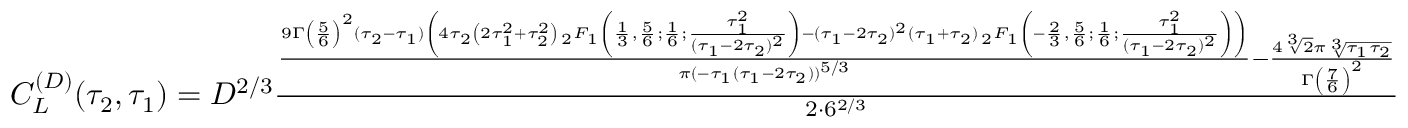
\begin{array} { r } { C _ { L } ^ { ( D ) } ( \tau _ { 2 } , \tau _ { 1 } ) = D ^ { 2 / 3 } \frac { \frac { 9 \Gamma \left( \frac { 5 } { 6 } \right) ^ { 2 } ( \tau _ { 2 } - \tau _ { 1 } ) \left( 4 \tau _ { 2 } \left( 2 \tau _ { 1 } ^ { 2 } + \tau _ { 2 } ^ { 2 } \right) \, _ { 2 } F _ { 1 } \left( \frac { 1 } { 3 } , \frac { 5 } { 6 } ; \frac { 1 } { 6 } ; \frac { \tau _ { 1 } ^ { 2 } } { ( \tau _ { 1 } - 2 \tau _ { 2 } ) ^ { 2 } } \right) - ( \tau _ { 1 } - 2 \tau _ { 2 } ) ^ { 2 } ( \tau _ { 1 } + \tau _ { 2 } ) \, _ { 2 } F _ { 1 } \left( - \frac { 2 } { 3 } , \frac { 5 } { 6 } ; \frac { 1 } { 6 } ; \frac { \tau _ { 1 } ^ { 2 } } { ( \tau _ { 1 } - 2 \tau _ { 2 } ) ^ { 2 } } \right) \right) } { \pi ( - \tau _ { 1 } ( \tau _ { 1 } - 2 \tau _ { 2 } ) ) ^ { 5 / 3 } } - \frac { 4 \sqrt [ 3 ] { 2 } \pi \sqrt [ 3 ] { \tau _ { 1 } \tau _ { 2 } } } { \Gamma \left( \frac { 7 } { 6 } \right) ^ { 2 } } } { 2 \cdot 6 ^ { 2 / 3 } } } \end{array}